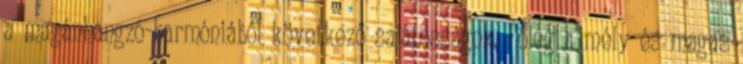
a magánhangzó-harmóniából következő sajátosságok. Főleg a mély és magas